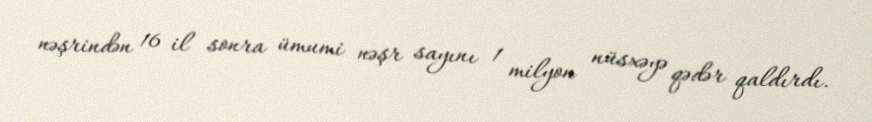
nəşrindən 16 il sonra ümumi nəşr sayını 1 milyon nüsxəyə qədər qaldırdı.